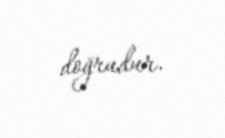
doğrudur.